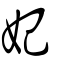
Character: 妃